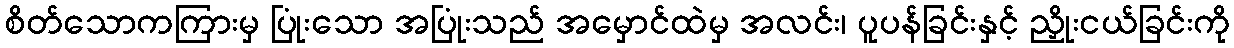
စိတ်သောကကြားမှ ပြုံးသော အပြုံးသည် အမှောင်ထဲမှ အလင်း၊ ပူပန်ခြင်းနှင့် ညှိုးငယ်ခြင်းကို